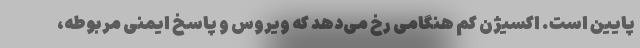
پایین است. اکسیژن کم هنگامی رخ می‌دهد که ویروس و پاسخ ایمنی مربوطه،